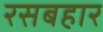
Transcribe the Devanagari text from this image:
रसबहार